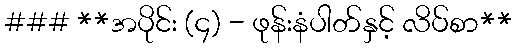
### **အပိုင်း (၄) - ဖုန်းနံပါတ်နှင့် လိပ်စာ**